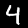
Label: 4